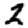
Digit: 2